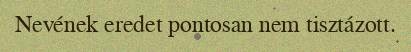
Nevének eredet pontosan nem tisztázott.